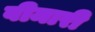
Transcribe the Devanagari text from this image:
वीमारी